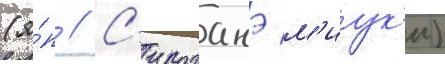
(я́п // С'ироганэ м'иук'и)